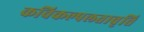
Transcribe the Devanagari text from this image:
कविकल्पलतावृत्ति